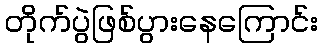
တိုက်ပွဲဖြစ်ပွားနေကြောင်း